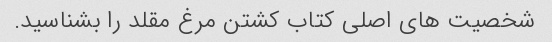
شخصیت های اصلی کتاب کشتن مرغ مقلد را بشناسید.